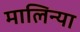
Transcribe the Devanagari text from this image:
मालिन्या